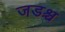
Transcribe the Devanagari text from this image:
जडश्च